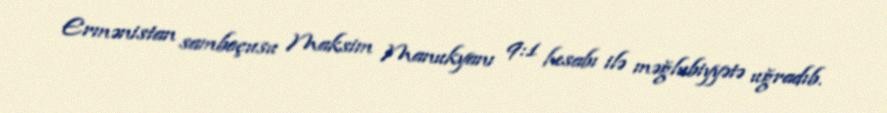
Ermənistan samboçusu Maksim Manukyanı 9:1 hesabı ilə məğlubiyyətə uğradıb.